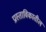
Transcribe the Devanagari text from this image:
प्रास्ताविकातील